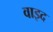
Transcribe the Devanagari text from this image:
वाइद